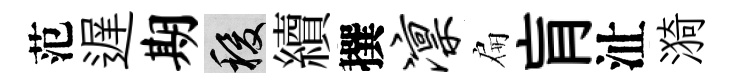
范遅期稷續撰凛扁肓沚漪